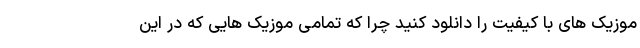
موزیک های با کیفیت را دانلود کنید چرا که تمامی موزیک هایی که در این